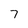
Character: 7